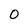
Character: 0